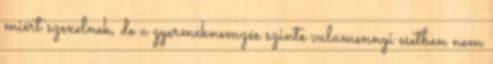
miért szexelnek, de a gyermeknemzés szinte valamennyi esetben nem